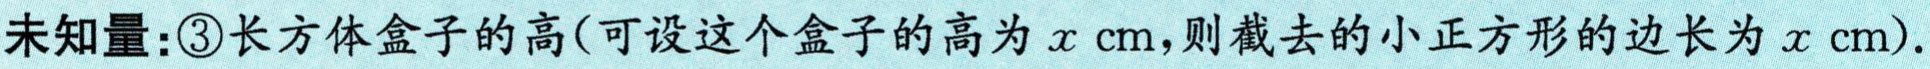
未知量：\textcircled{3}长方体盒子的高(可设这个盒子的高为\(x \text{ cm}，则截去的小正方形的边长为\(x \text{ cm}\))。